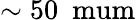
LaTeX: \sim 50\ \mathrm{\ mum}